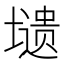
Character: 𭏸